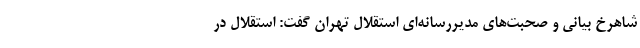
شاهرخ بیانی و صحبت‌های مدیررسانه‌ای استقلال‌ تهران گفت: استقلال در